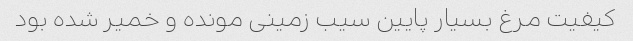
کیفیت مرغ بسیار پایین سیب زمینی مونده و خمیر شده بود